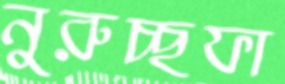
নুরুচ্ছফা